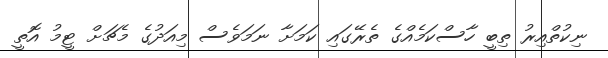
ނިކުތްއިރު ތިބީ ހާސްކަމެއްގެ ތެރޭގައި ކަމަށާ ނަމަވެސް މިއަދުގެ މެޗަށް ޓީމު އޮތީ